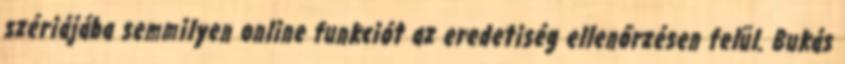
szériájába semmilyen online funkciót az eredetiség ellenőrzésen felül. Bukás